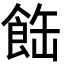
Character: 𩛊